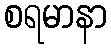
စရမာနာ